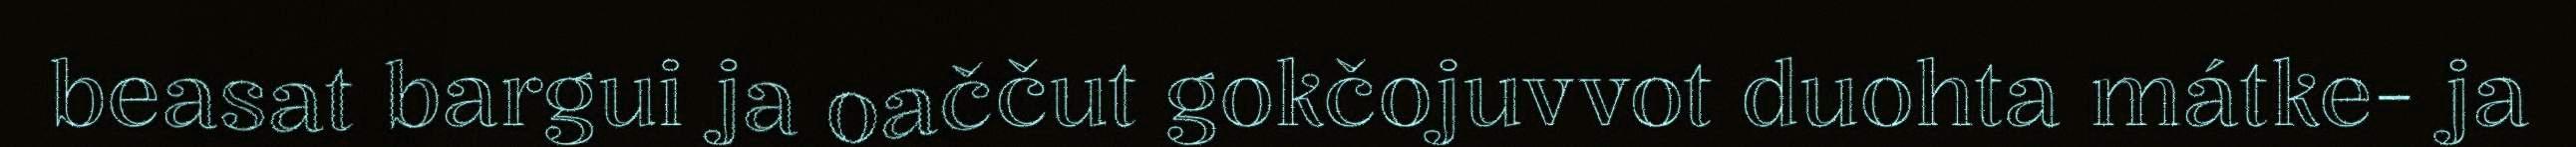
beasat bargui ja oaččut gokčojuvvot duohta mátke- ja